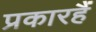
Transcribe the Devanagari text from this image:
प्रकारहैं